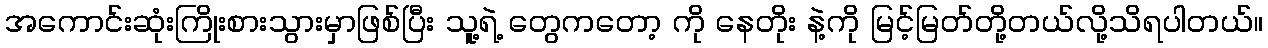
အကောင်းဆုံးကြိုးစားသွားမှာဖြစ်ပြီး သူ့ရဲ့ တွေကတော့ ကို နေတိုး နဲ့ကို မြင့်မြတ်တို့တယ်လို့သိရပါတယ်။